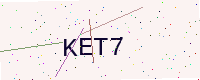
Text: KET7